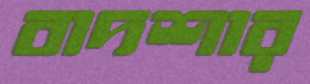
বাদশার